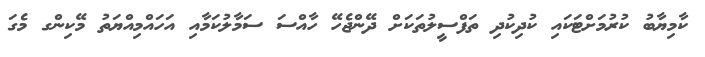
ކާމިޔާބު ކުރުމަށްޓަކައި ކުދިކުދި ތަފްސީލުތަކަށް ދޭންޖެހޭ ހާއްސަ ސަމާލުކަމާއި އަހައްމިއްޔަތު މޭކިންގ މެގަ